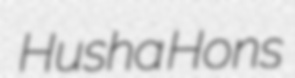
Husha Hons